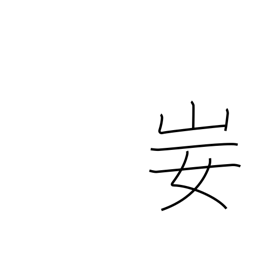
Meaning: contempt